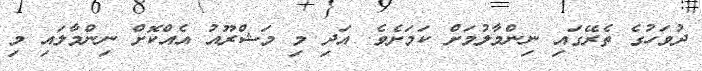
ދުވަހުގެ ތެރޭގައި ނިންމާލުމަށް ކަމަށެވެ. އަދި މި މަޝްރޫއު އެއްކޮށް ނިންމާލައި މި